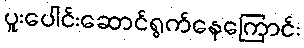
ပူးပေါင်းဆောင်ရွက်နေကြောင်း